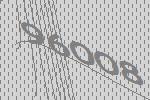
96008